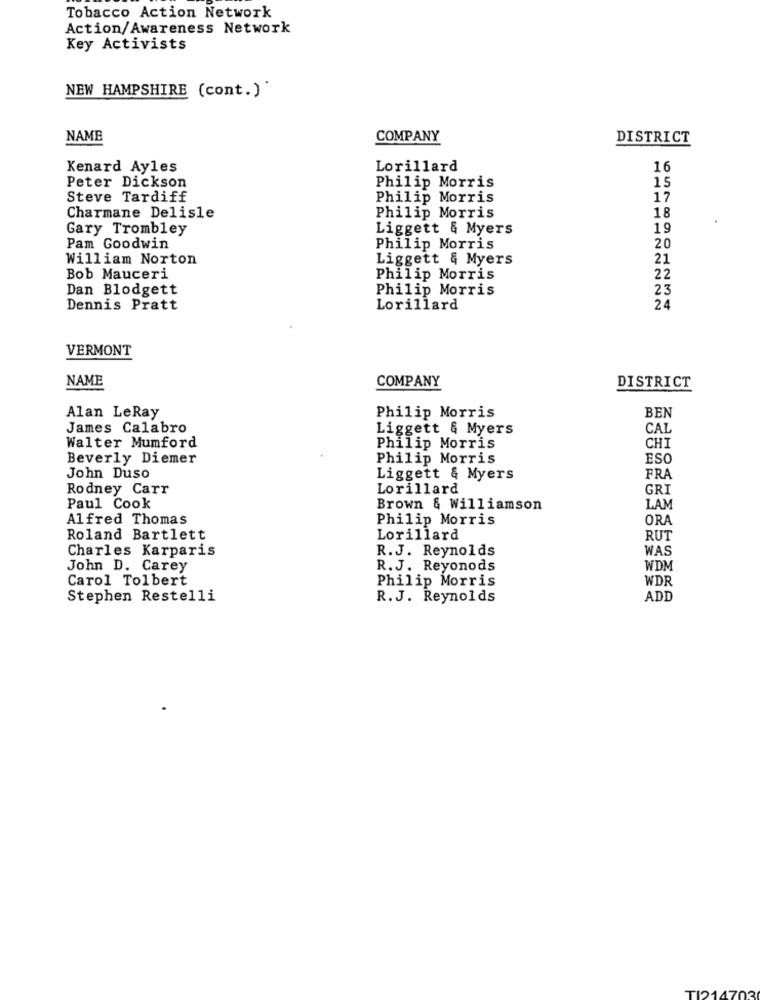
Tobacco Action Network
Action/Awareness Network
Key Activists
NEW HAMPSHIRE (cont.)
NAME
COMPANY
DISTRICT
Kenard Ayles
Lorillard
16
Philip Morris
15
Peter Dickson
Steve Tardiff
Philip Morris
17
Philip Morris
Charmane Delisle
18
Gary Trombley
Liggett & Myers
19
Pam Goodwin
Philip Morris
20
William Norton
Liggett & Myers
21
Bob Mauceri
Philip Morris
22
Dan Blodgett
Philip Morris
23
Dennis Pratt
Lorillard
24
VERMONT
NAME
COMPANY
DISTRICT
Alan LeRay
Philip Morris
BEN
James Calabro
Liggett & Myers
CAL
Walter Mumford
Philip Morris
CHI
Beverly Diemer
Philip Morris
ESO
John Duso
Liggett & Myers
FRA
Rodney Carr
Lorillard
GRI
Paul Cook
Brown & Williamson
LAM
Alfred Thomas
Philip Morris
ORA
Roland Bartlett
Lorillard
RUT
Charles Karparis
R.J. Reynolds
WAS
John D. Carey
R. J. Reyonods
WDM
Carol Tolbert
Philip Morris
WDR
Stephen Restelli
R.J. Reynolds
ADD
TI214